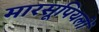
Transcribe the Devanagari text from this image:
मारसूपियलों